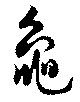
亀